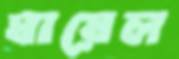
ঘায়েল